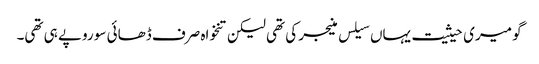
گو میری حیثیت یہاں سیلس منیجر کی تھی لیکن تنخواہ صرف ڈھائی سو روپے ہی تھی۔